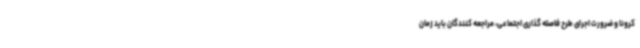
کرونا و ضرورت اجرای طرح فاصله گذاری اجتماعی، مراجعه کنندگان باید زمان